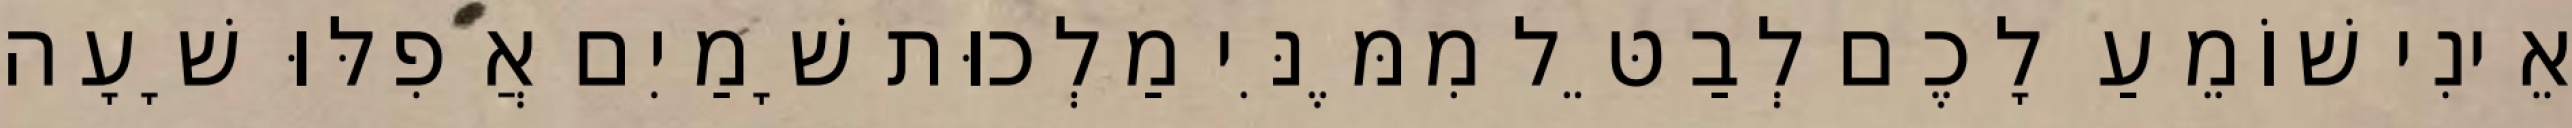
אֵינִי שׁוֹמֵעַ לָכֶם לְבַטֵּל מִמֶּנִּי מַלְכוּת שָׁמַיִם אֲפִלּוּ שָׁעָה